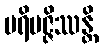
ပရိမဇ္ဇိဿန္တိ